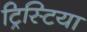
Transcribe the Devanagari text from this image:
ट्रिस्टिया